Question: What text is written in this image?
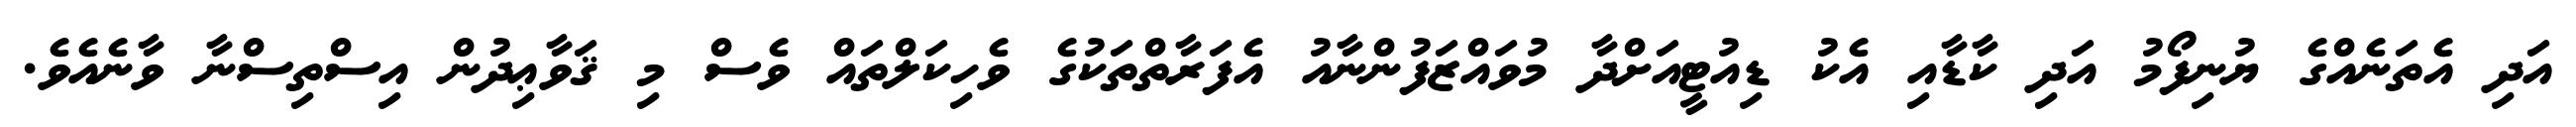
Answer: އަދި އެތަނެއްގެ ޔުނިފޯމު އަދި ކާޑާއި އެކު ޑިއުޓީއަށްދާ މުވައްޒަފުންނާއު އެފަރާތްތަކުގެ ވެހިކަލްތައް ވެސް މި ޤަވާޢިދުން އިސްތިސްނާ ވާނެއެވެ.